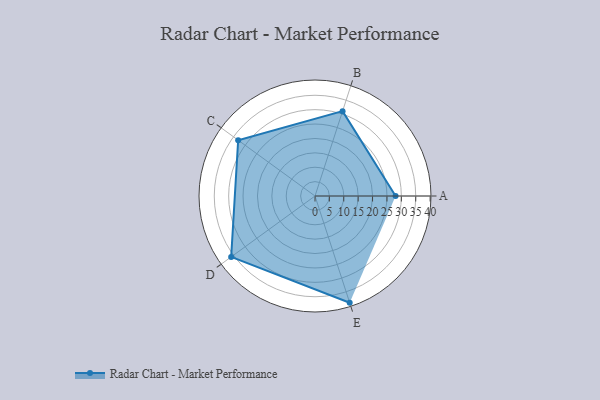
{"axis": {"x": "Skill", "y": "Score"}, "legend": ["Profile"], "data": [{"x": "A", "y": 28.0, "type": "Profile"}, {"x": "B", "y": 31.0, "type": "Profile"}, {"x": "C", "y": 33.0, "type": "Profile"}, {"x": "D", "y": 36.0, "type": "Profile"}, {"x": "E", "y": 39.0, "type": "Profile"}]}